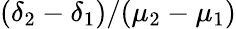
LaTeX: (\delta_{2}-\delta_{1})/(\mu_{2}-\mu_{1})